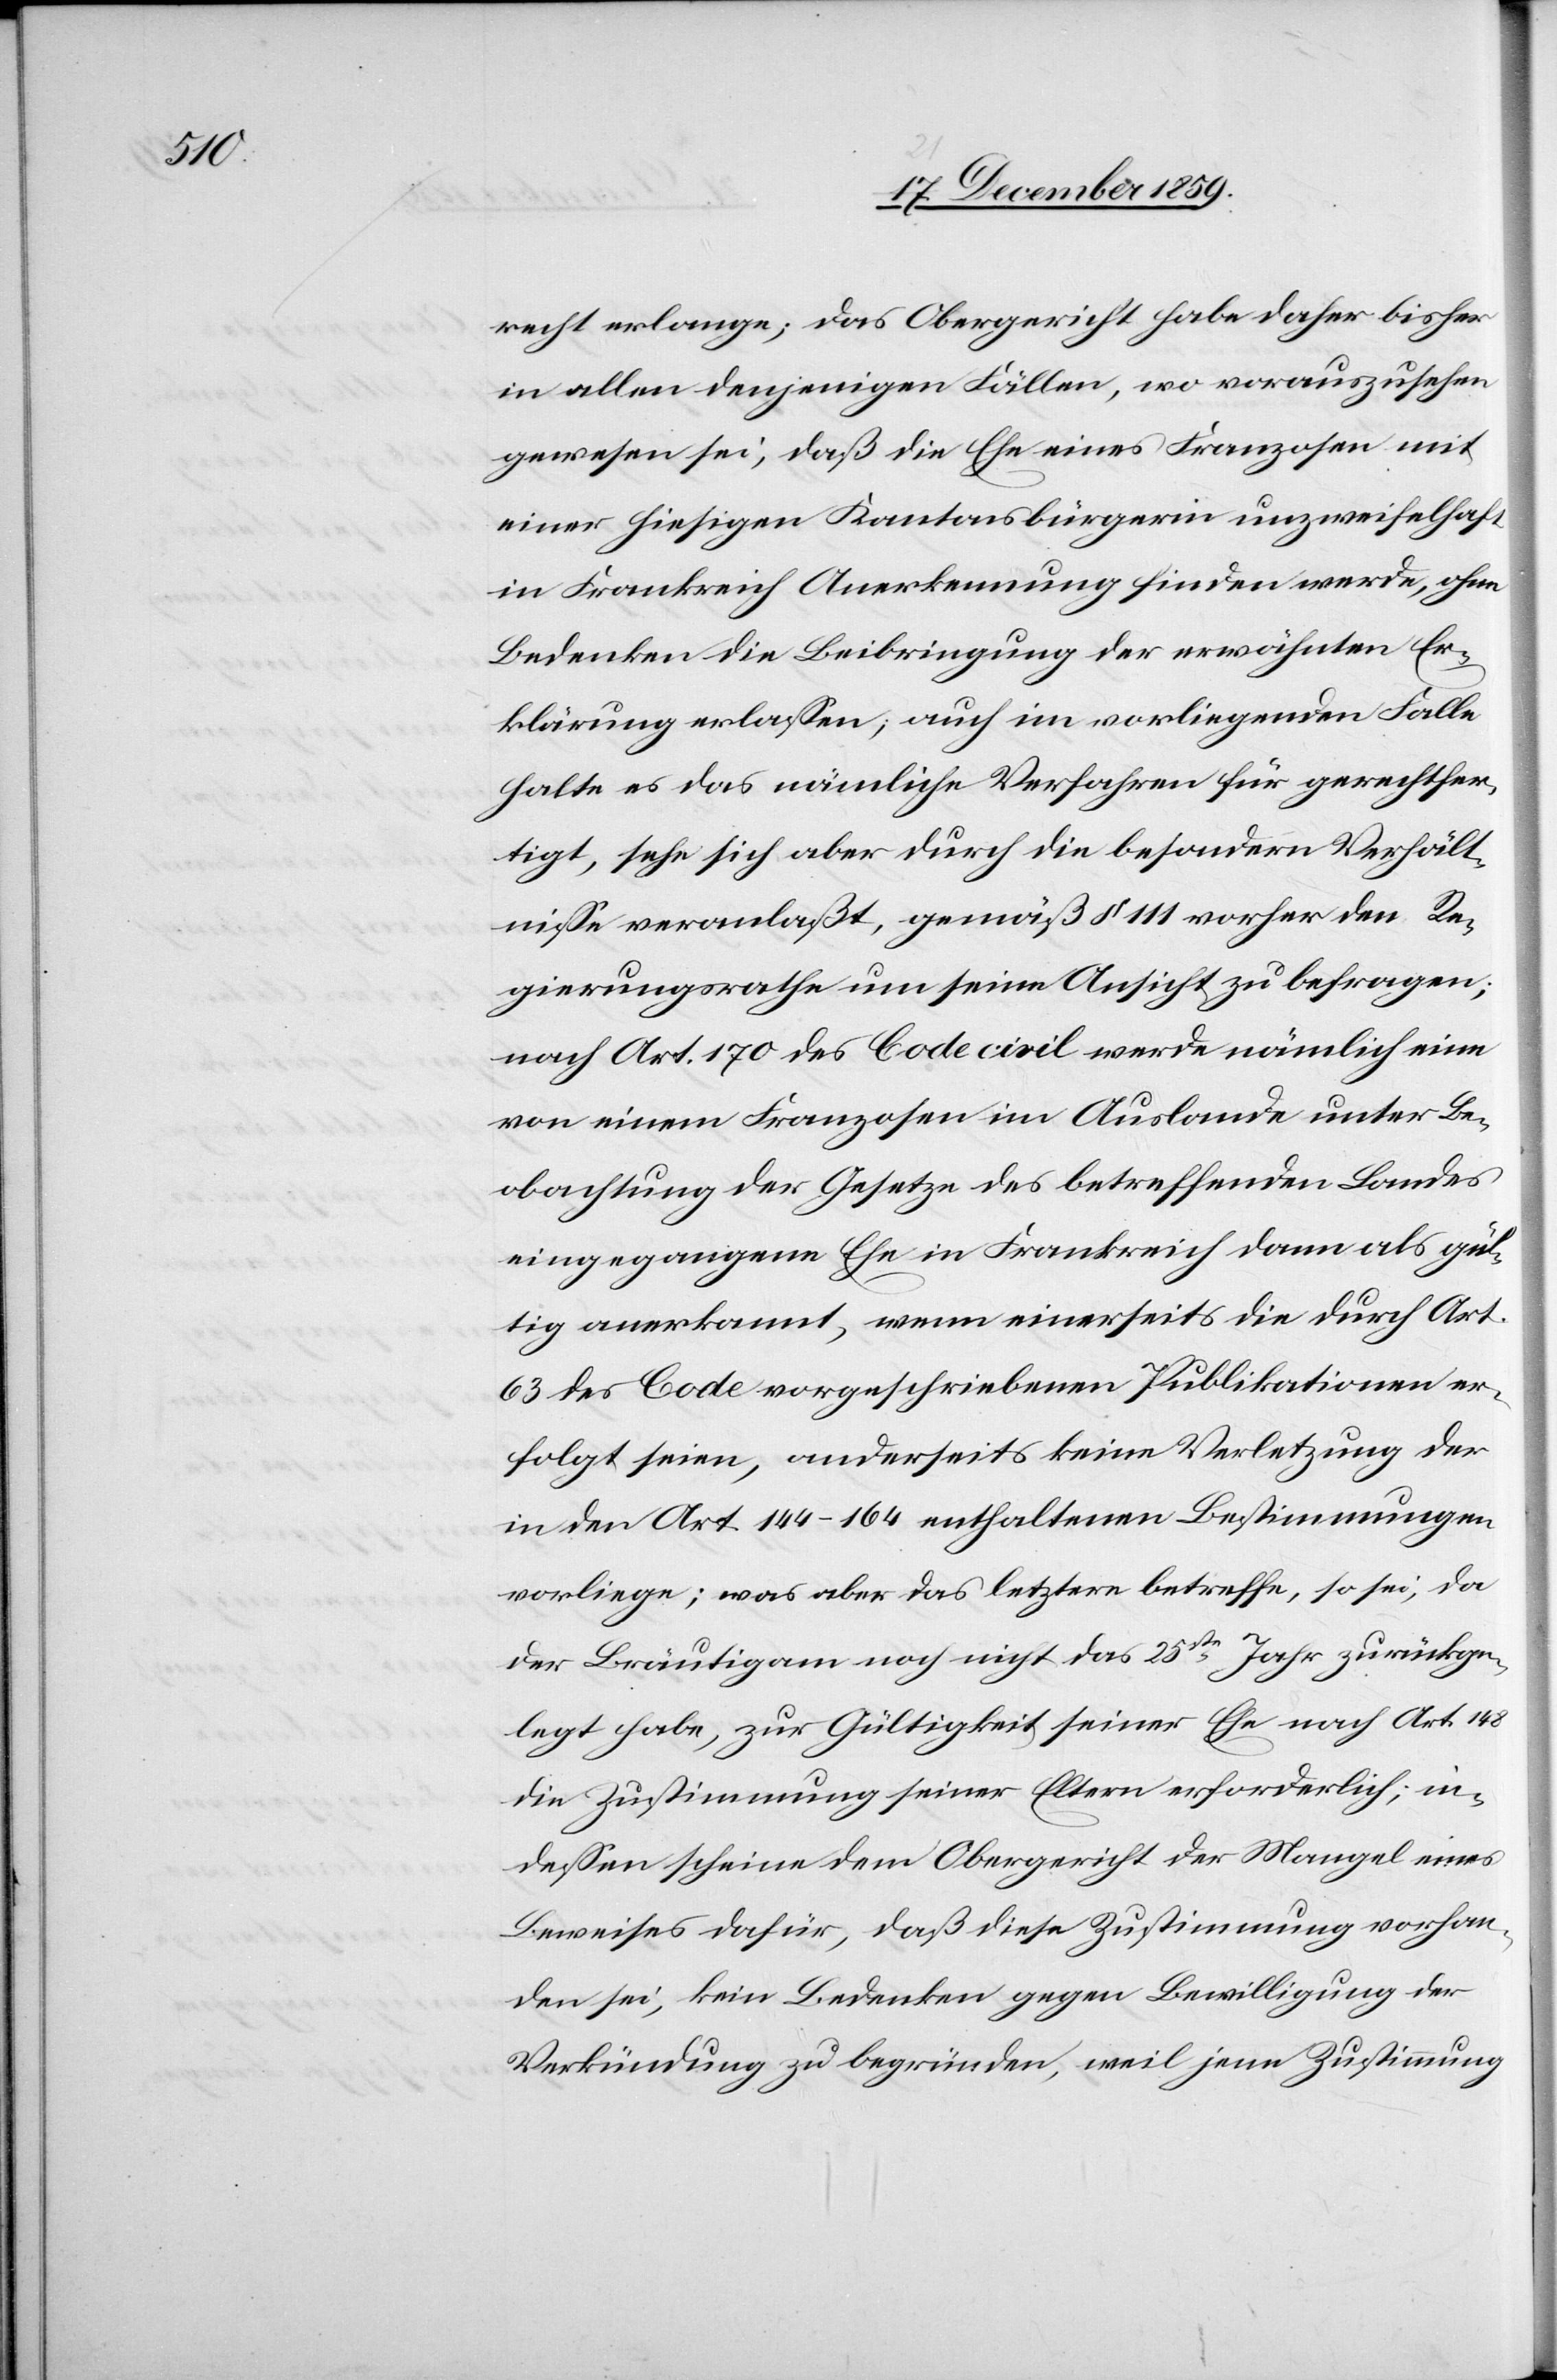
recht erlange; das Obergericht habe daher bisher
in allen denjenigen Fällen, wo vorauszusehen
gewesen sei, daß die Ehe eines Franzosen mit
einer hiesigen Kantonsbürgerin unzweifelhaft
in Frankreich Anerkennung finden werde, ohne
Bedenken die Beibringung der erwähnten Er¬
klärung erlassen; auch im vorliegenden Falle
halte es das nämliche Verfahren für gerechtfer¬
tigt, sehe sich aber durch die besonderen Verhält¬
nisse veranlaßt, gemäß § 111 vorher den Re¬
gierungsrathe um seine Ansicht zu befragen;
nach Art. 170 des Code civil werde nämlich eine
von einem Franzosen im Auslande unter Be¬
obachtung der Gesetze des betreffenden Landes
eingegangene Ehe in Frankreich dann als gül¬
tig anerkannt, wenn einerseits die durch Art.
63 des Code vorgeschriebenen Publikationen er¬
folgt seien, anderseits keine Verletzung der
in den Art. 144–164 enthaltenen Bestimmungen
vorliege; was aber das letztere betreffe, so sei, da
der Bräutigam noch nicht das 25ste Jahr zurückge¬
legt habe, zur Gültigkeit seiner Ehe nach Art. 148
die Zustimmung seiner Eltern erforderlich; in¬
dessen scheine dem Obergerichte der Mangel eines
Beweises dafür, daß diese Zustimmung vorhan¬
den sei, keine Bedenken gegen Bewilligung der
Verkündung zu begründen, weil jene Zustimmung